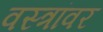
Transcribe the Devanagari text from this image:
वस्त्रांवर